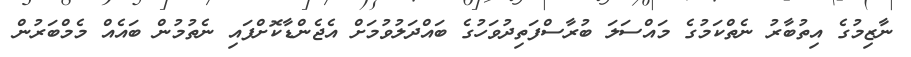
ނާޒިމުގެ އިތުބާރު ނެތްކަމުގެ މައްސަލަ ބުރާސްފަތިދުވަހުގެ ބައްދަލުވުމަށް އެޖެންޑާކޮށްފައި ނެތުމުން ބައެއް މެމްބަރުން